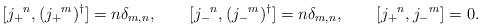
\begin{align*} [ j_+{}^n, (j_+{}^m)^\dagger ]= n \delta_{m,n}, \qquad [ j_-{}^n, ( j_-{}^m)^\dagger ]= n \delta_{m,n}, \qquad [ j_+{}^n, j_-{}^m ]=0.\end{align*}